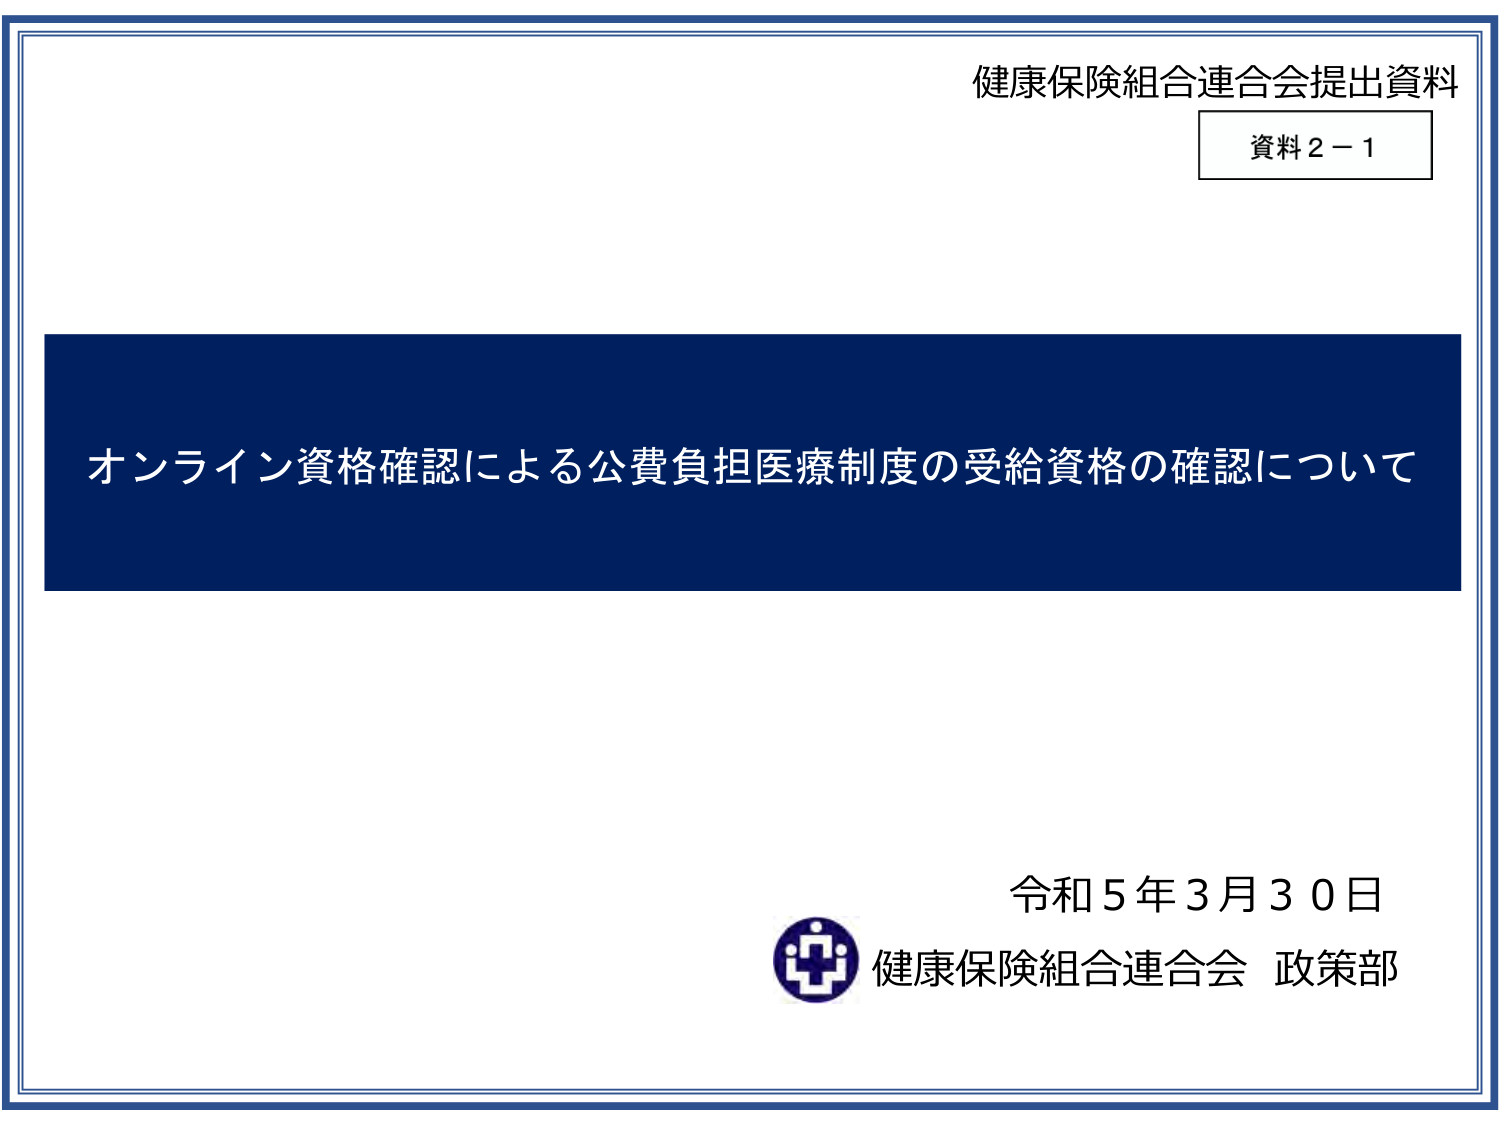
健康保険組合連合会提出資料
資料２－１

オンライン資格確認による公費負担医療制度の受給資格の確認について

令和５年３月３０日
健康保険組合連合会 政策部